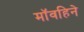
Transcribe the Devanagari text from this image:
मॉवहिने